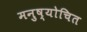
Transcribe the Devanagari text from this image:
मनुष्योचित